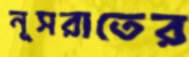
নূসরাতের